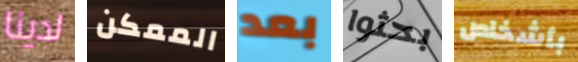
لدينا الممكن بعد بحثوا بأشخاص